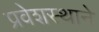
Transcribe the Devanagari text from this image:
प्रवेशस्थाने